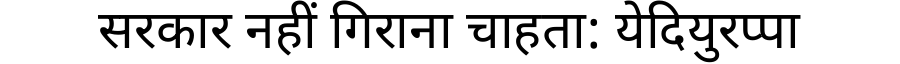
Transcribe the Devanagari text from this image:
सरकार नहीं गिराना चाहता: येदियुरप्पा